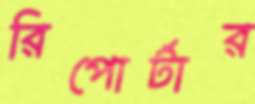
রিপোর্টার